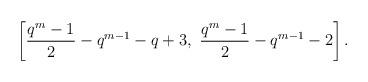
LaTeX: \begin{align*}\left[\frac{q^m-1}{2}-q^{m-1}-q+3,\ \frac{q^m-1}{2}-q^{m-1}-2\right].\end{align*}